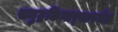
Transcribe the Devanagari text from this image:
समुद्रकिनार्‍यापर्यंत